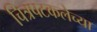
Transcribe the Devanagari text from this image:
चित्रपटकलेच्या